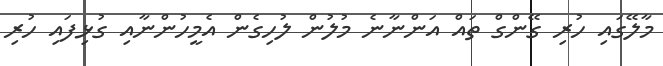
މާލޭގައި ހުރި ގޭންގް ތައް އަންނާނެ މުލުން ލުހިގެން އެމީހުންނާއި ގުޅިފައި ހުރި